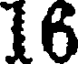
16